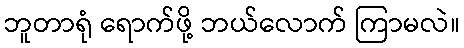
ဘူတာရုံ ရောက်ဖို့ ဘယ်လောက် ကြာမလဲ။